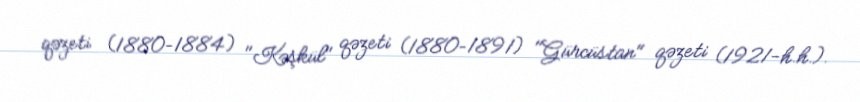
qəzeti (1880–1884) "Kəşkül" qəzeti (1880–1891) "Gürcüstan" qəzeti (1921-h.h.).